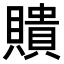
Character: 𧸃